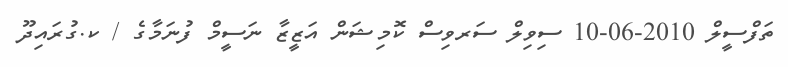
ތަފްސީލް 2010-06-10 ސިވިލް ސަރވިސް ކޮމިޝަން އަޒީޒާ ނަސީމް ފުނަމާގެ / ކ.ގުރައިދޫ